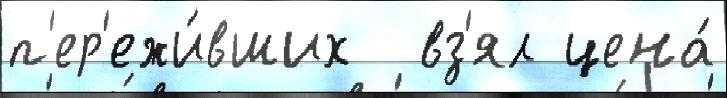
п'ер'ежи́вших  вз'ял цена́